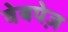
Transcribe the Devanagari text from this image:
वेबपेज़